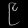
Digit: ၉